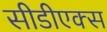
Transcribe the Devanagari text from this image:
सीडीएक्स